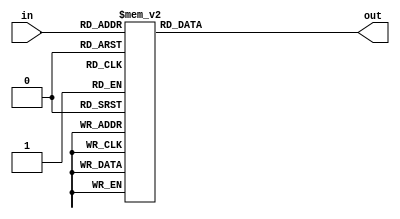
module decoder_3to8(in,out);
input[2:0] in;
output reg [7:0] out;
 
always @(*)
begin
    case(in)
        3'b000 : out = 8'b00000001;
        3'b001 : out = 8'b00000010;
        3'b010 : out = 8'b00000100;
        3'b011 : out = 8'b00001000;
        3'b100 : out = 8'b00010000;
        3'b101 : out = 8'b00100000;
        3'b110 : out = 8'b01000000;
        3'b111 : out = 8'b10000000;
    endcase
end
endmodule

// https://kyunstudio.tistory.com/221